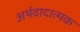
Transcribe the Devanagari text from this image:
अर्थवादात्मक